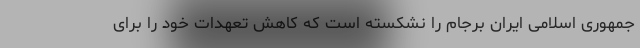
جمهوری اسلامی ایران برجام را نشکسته است که کاهش تعهدات خود را برای